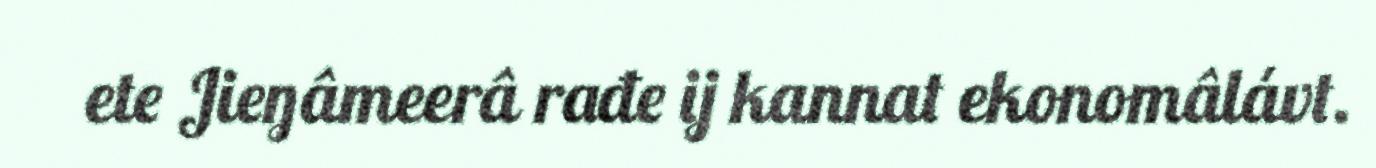
ete Jieŋâmeerâ rađe ij kannat ekonomâlávt.